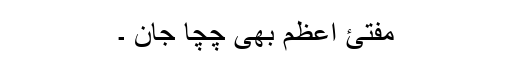
مفتئ اعظم بھی چچا جان ۔